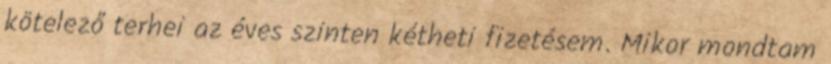
kötelező terhei az éves szinten kétheti fizetésem. Mikor mondtam